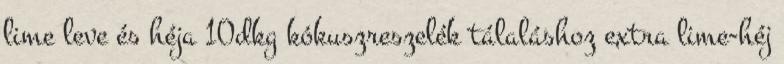
lime leve és héja 10dkg kókuszreszelék tálaláshoz extra lime-héj